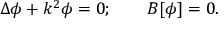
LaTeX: \Delta \phi + k ^ { 2 } \phi = 0 ; \qquad B [ \phi ] = 0 .